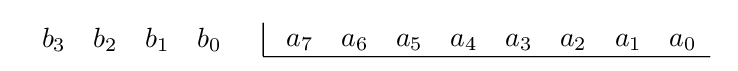
{\begin{array}{cc}{\begin{array}{rrrr}b_{3}&b_{2}&b_{1}&b_{0}\\\end{array}}&{\begin{array}{|rrrrrrrr}\ a_{7}&a_{6}&a_{5}&a_{4}&a_{3}&a_{2}&a_{1}&a_{0}\\\hline \end{array}}\end{array}}